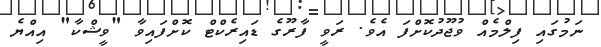
ނަމުގައި ފިލްމެއް ވުޖޫދުކޮށްފަ އެވެ. ރަވީ ފާރޫގެ ޑައިރެކްޓް ކޮށްފައިވާ "ވީޝްކާ" އިއްޔެ